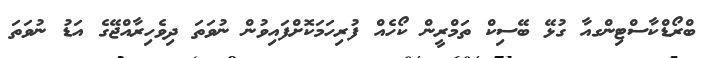
ބްރޯޑްކާސްޓިންގއާ ގުޅޭ ބޭސިކް ތަމްރީން ކޯހެއް ފުރިހަމަކޮށްފައިވުން ނުވަތަ ދިވެހިރާއްޖޭގެ އަޑު ނުވަތަ